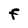
Character: F